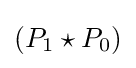
(P_{1}\star P_{0})